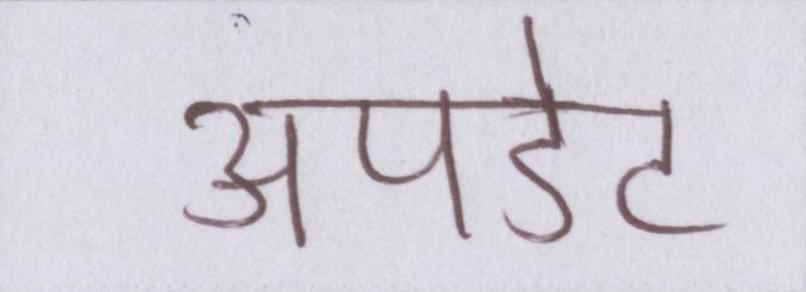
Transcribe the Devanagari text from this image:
अपडेट